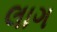
લાગ